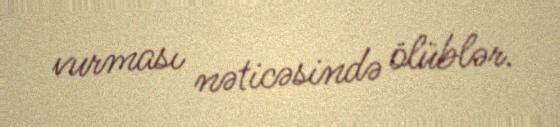
vurması nəticəsində ölüblər.